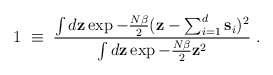
\begin{align*}1\;\equiv\;{\int d {\bf z} \exp - {N\beta\over 2} ({\bf z}-\sum_{i=1}^d {\bf s}_i)^2\over \int d {\bf z} \exp - {N\beta\over 2} {\bf z}^2}\;.\end{align*}